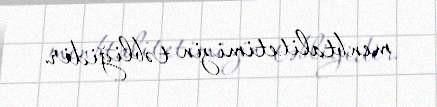
menbtalitetimizin təbliğidir.